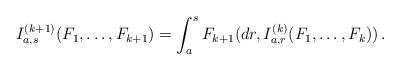
LaTeX: \begin{align*}I_{a,s}^{(k+1)} (F_1,\dots,F_{k+1} )=\int_a^s F_{k+1} (dr,I_{a,r}^{(k)} (F_1,\dots,F_k))\,. \end{align*}